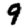
Digit: 9